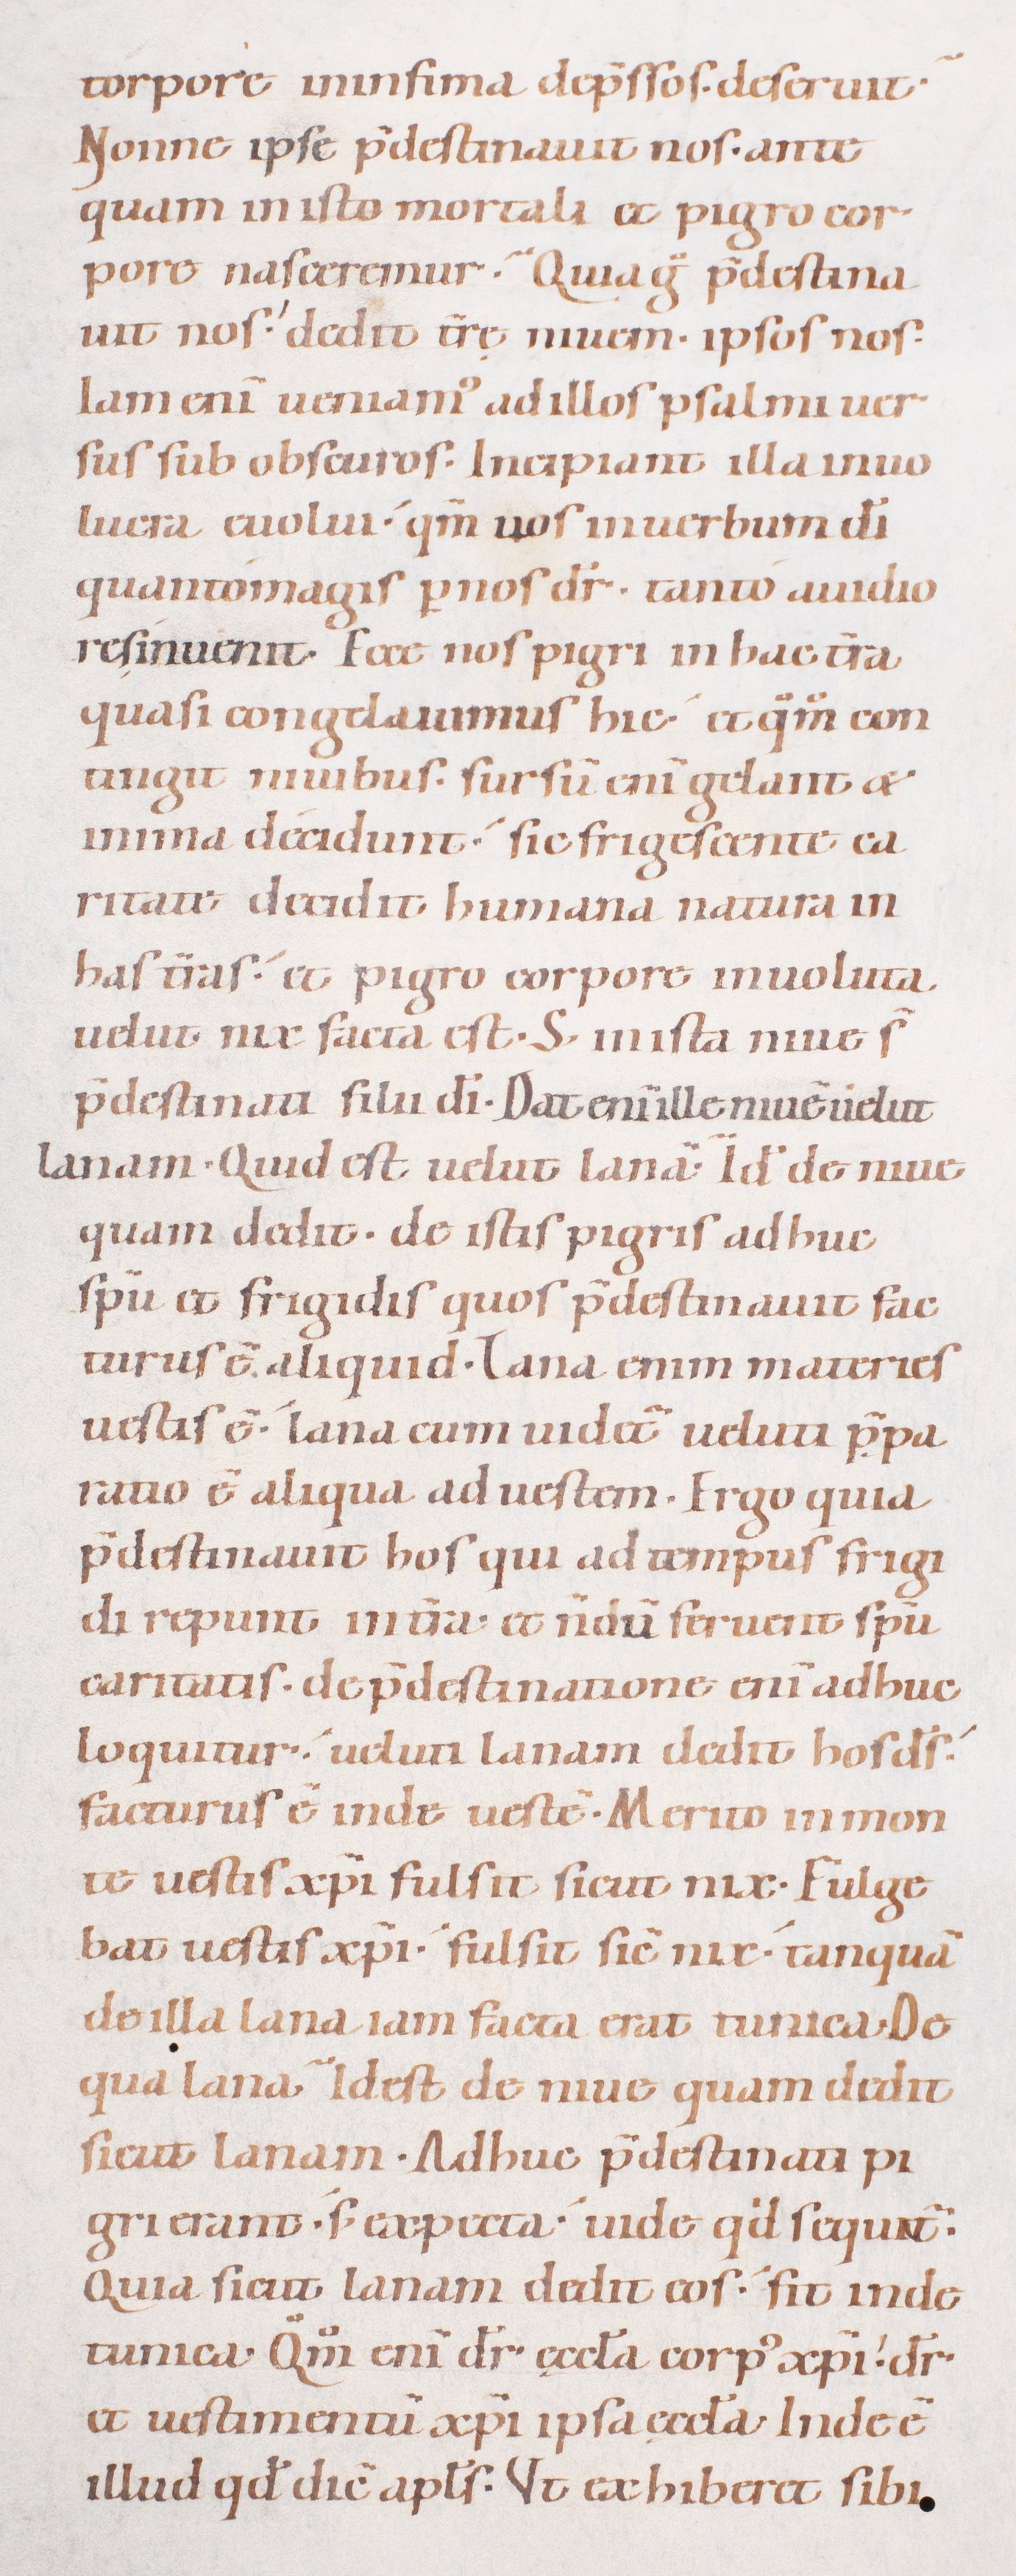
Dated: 1080–1096